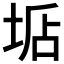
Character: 𡌐